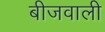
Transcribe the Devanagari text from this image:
बीजवाली